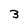
Character: 3